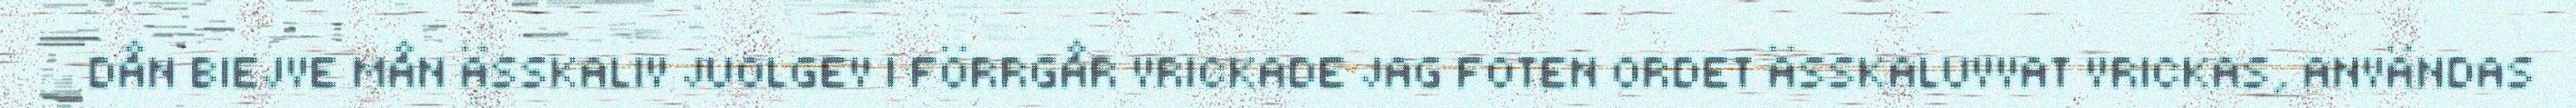
DÅN BIEJVE MÅN ÄSSKALIV JUOLGEV I FÖRRGÅR VRICKADE JAG FOTEN ORDET ÄSSKALUVVAT VRICKAS, ANVÄNDAS